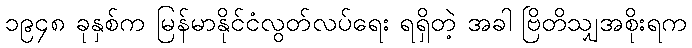
၁၉၄၈ ခုနှစ်က မြန်မာနိုင်ငံလွတ်လပ်ရေး ရရှိတဲ့ အခါ ဗြိတိသျှအစိုးရက